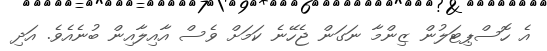
އެ ހޮސްޕިޓަލުން ޒިންމާ ނަގަން ޖެހޭނެ ކަމަށް ވެސް އާއިލާއިން ބުނެއެވެ. އަދި